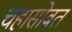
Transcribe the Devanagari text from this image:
चहासोबत